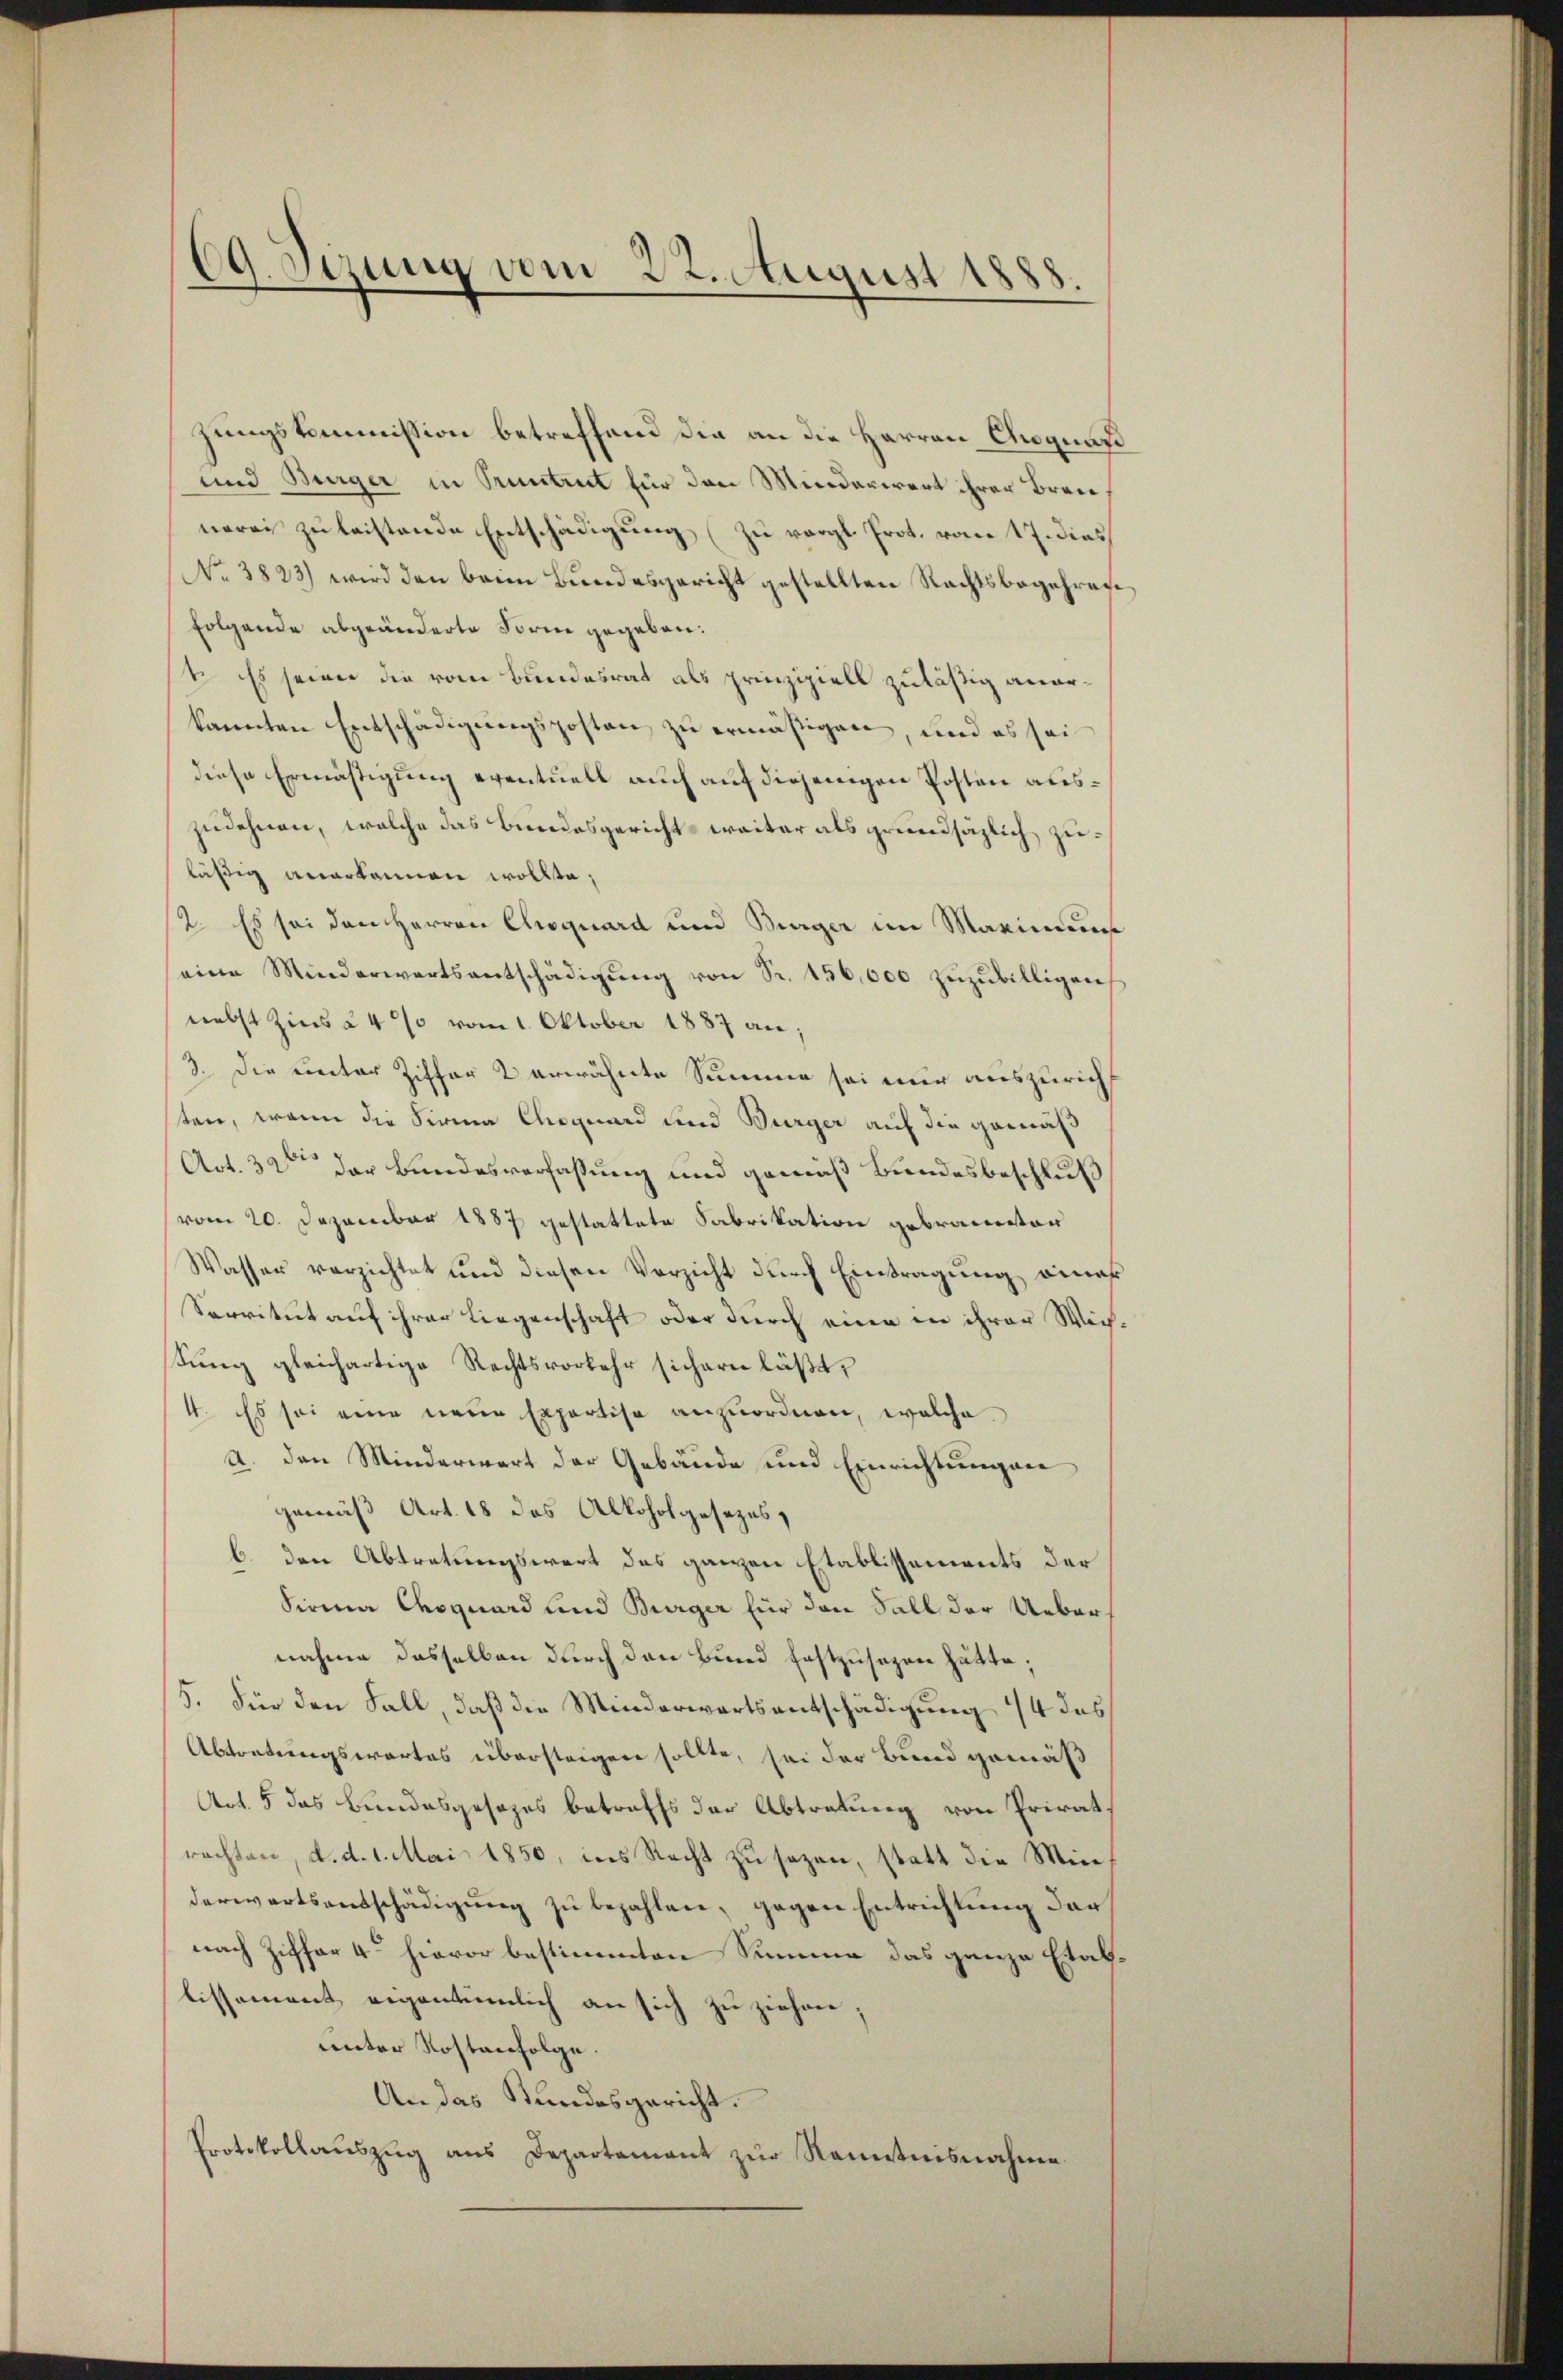
69. Sizung vom 22. August 1888.

zungskommission betreffend die an die Herren Augungs
und Bürger in Pruntrut für den Minderwert ihrer Bran
nerei zu leistende Entschädigung (zu vergl. Prot. vom 17. dies
(No. 3823) wird den beim Bundesgericht gestellten Rechtsbegehren
Folgende abgeänderte Forme gegeben:
1. Es seiner die vom Bundesrat als prinzipiell zuläßig anorkannten Entschädigungsposten zu ermäßigen, und es sei
diese Ermäßigung eventuell auch auf diejenigen Posten auszudehnen, welche das Bundesgericht weiter als greundsäzlich zuläßig anerkennen wollte,
12. Es sei den Herren Choquard und Bürger im Maximum
eine Minderwartsantschädigŭng von Sr. 156,000 zŭzŭbilligen,
nebst Zins à 4% vom 1. Oktober 1887 an;
3. Die unter Ziffer 2 erwähnte Summe sei nur auszurichten, wenn die Firma Choquard und Bürger auf die gemäß
Act. 32sten der Bundesverfassung und gemäß Bundesbeschluß
(vom 20. Dezember 1887 gestattete Fabrikation gebrannter
Wasser verzichtet und diesen Verzicht durch Eintragung einer
Servitut auf ihrer Liegenschaft oder durch eine in ihrer Wich¬
Sung gleichartige Rechtsvorkehr sichern läßt,
4. Es sei eine neue Exportise anzuordnen, welche
A. den Minderwart der Gebäude und Einrichtungen
gemäß Art. 18 des Alkoholgesezes,
b. den Abtretungswert des ganzen Etablissements der
Firma Coquard und Bürger für den Fall der Uebernahme dasselben durch den Bund festzusagen hätte;
5. Für den Fall, daß die Minderwartsentschädigung 44 das
Abtretungswortes übersteigen sollte, sei der Bund gemäß
Art. 5 das Bundesgesezes betreffs der Abtretung von Privatrachten, d. d. 1. Mai 1850, ins Recht zu sezen, statt die Minderwartsentschädigung zu bezahlen, gegen Entrichtung darnach Ziffer 4ten hievor bestimmten Summe das ganze Etablissement eigentümlich an sich zu ziehen;
unter Kostenfolge.
An das Stundesgericht.
Protokollauszug aus Departement zur Kenntnisnahme

d